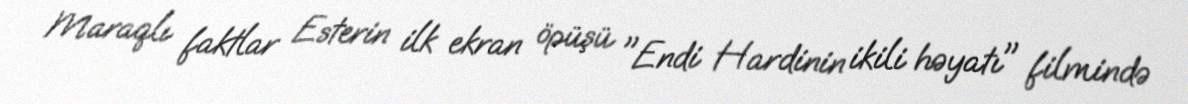
Maraqlı faktlar Esterin ilk ekran öpüşü "Endi Hardinin ikili həyatı" filmində